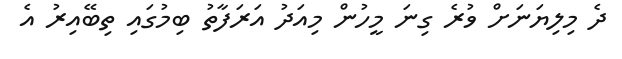
ދެ މިލިޔަނަށް ވުރެ ގިނަ މީހުން މިއަދު އަރަފާތު ބިމުގައި ތިބޭއިރު އެ